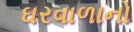
ઘરવાળાનો